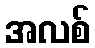
အလစ်